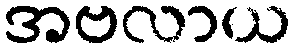
အဗလာယ